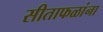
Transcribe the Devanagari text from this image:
सीताफळांना